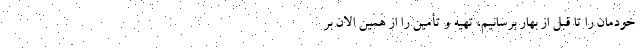
خودمان را تا قبل از بهار برسانیم، تهیه و تأمین را از همین الان بر